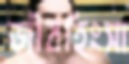
জীবহিংসা